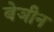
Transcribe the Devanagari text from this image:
बेञीन